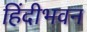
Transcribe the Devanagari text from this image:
हिंदीभवन